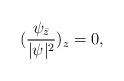
LaTeX: \begin{align*}(\frac{\psi_{\bar z}}{|\psi|^2})_z=0,\end{align*}